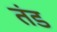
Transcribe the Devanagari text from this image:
तंड